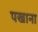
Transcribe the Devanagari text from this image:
पखाना